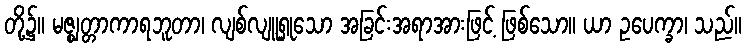
တို့၌။ မဇ္ဈတ္တာကာရဘူတာ၊ လျစ်လျူရှုသော အခြင်းအရာအားဖြင့် ဖြစ်သော။ ယာ ဥပေက္ခာ၊ သည်။